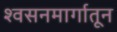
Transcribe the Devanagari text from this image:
श्वसनमार्गातून